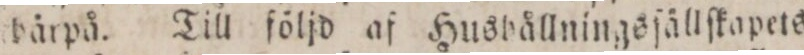
härpå. Till följd af Hushållningsſällſkapets